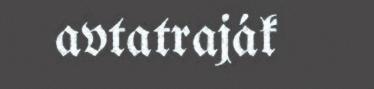
avtatraják